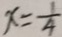
x = \frac { 1 } { 4 }